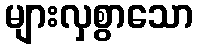
များလှစွာသော